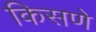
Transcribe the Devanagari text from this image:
किसणे